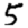
Digit: 5